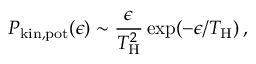
P _ { \mathrm { k i n , p o t } } ( \epsilon ) \sim { \frac { \epsilon } { T _ { \mathrm { H } } ^ { 2 } } } \exp ( - \epsilon / T _ { \mathrm { H } } ) \, ,